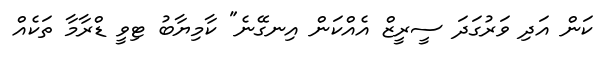
ކަން އަދި ވަރުގަދަ ސީރީޒް އެއްކަން އިނގޭނެ" ކާމިޔާބު ޓިވީ ޑްރާމާ ތަކެއް